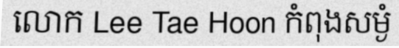
លោក Lee Tae Hoon កំពុងសម្ងំ